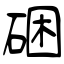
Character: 硱